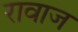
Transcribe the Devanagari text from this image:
रावाज